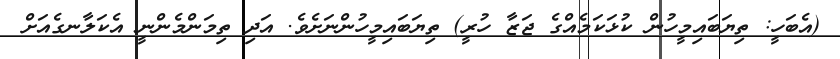
(އެބަހީ: ތިޔަބައިމީހުން ކުޅަކަމެއްގެ ޖަޒާ ހުރީ) ތިޔަބައިމީހުންނަށެވެ. އަދި ތިމަންމެންނީ އެކަލާނގެއަށް